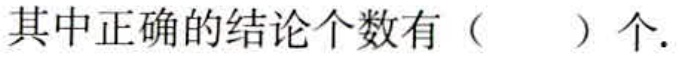
其中正确的结论个数有（  ）个.